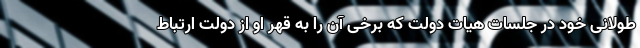
طولانی خود در جلسات هیات دولت که برخی آن را به قهر او از دولت ارتباط